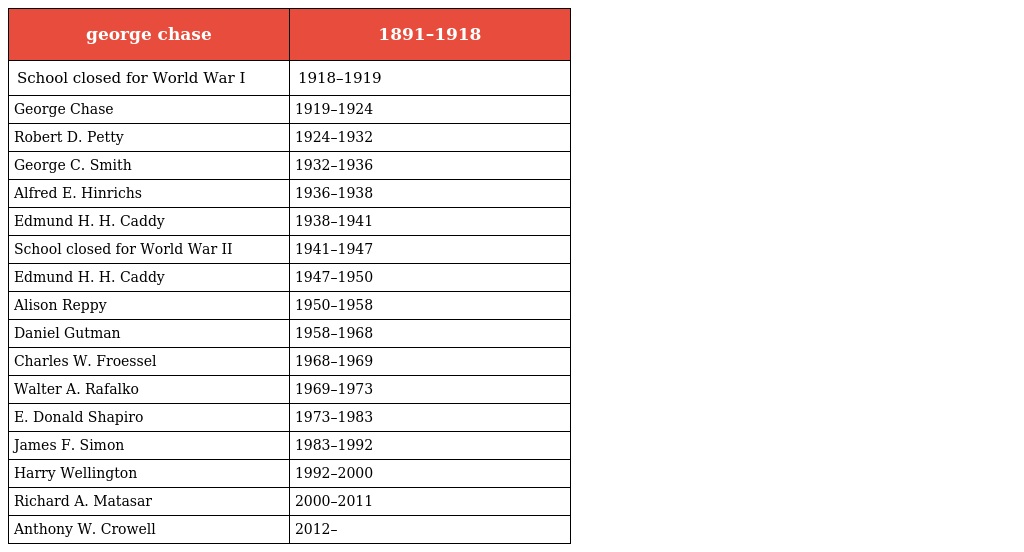
| george chase | 1891–1918 |
 | --- | --- |
 | School closed for World War I | 1918–1919 |
 | George Chase | 1919–1924 |
 | Robert D. Petty | 1924–1932 |
 | George C. Smith | 1932–1936 |
 | Alfred E. Hinrichs | 1936–1938 |
 | Edmund H. H. Caddy | 1938–1941 |
 | School closed for World War II | 1941–1947 |
 | Edmund H. H. Caddy | 1947–1950 |
 | Alison Reppy | 1950–1958 |
 | Daniel Gutman | 1958–1968 |
 | Charles W. Froessel | 1968–1969 |
 | Walter A. Rafalko | 1969–1973 |
 | E. Donald Shapiro | 1973–1983 |
 | James F. Simon | 1983–1992 |
 | Harry Wellington | 1992–2000 |
 | Richard A. Matasar | 2000–2011 |
 | Anthony W. Crowell | 2012– |